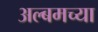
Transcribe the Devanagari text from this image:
अल्बमच्या